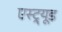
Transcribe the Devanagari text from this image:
एस्ट्र्यूड